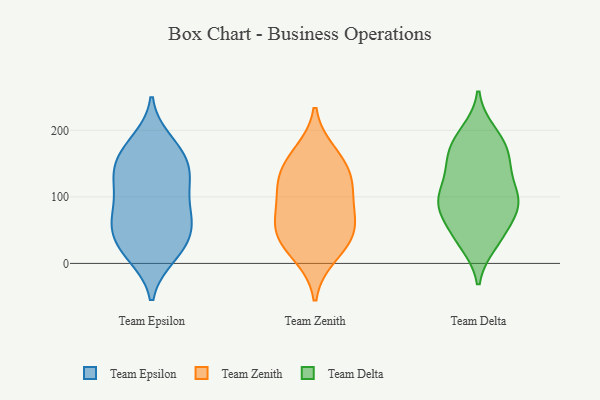
{"axis": {"x": "Production Output", "y": "Value"}, "legend": ["Team Delta", "Team Epsilon", "Team Zenith"], "data": [{"x": "", "y": 139, "type": "Team Epsilon"}, {"x": "", "y": 184, "type": "Team Epsilon"}, {"x": "", "y": 122, "type": "Team Epsilon"}, {"x": "", "y": 168, "type": "Team Epsilon"}, {"x": "", "y": 174, "type": "Team Epsilon"}, {"x": "", "y": 158, "type": "Team Epsilon"}, {"x": "", "y": 142, "type": "Team Epsilon"}, {"x": "", "y": 104, "type": "Team Epsilon"}, {"x": "", "y": 13, "type": "Team Epsilon"}, {"x": "", "y": 73, "type": "Team Epsilon"}, {"x": "", "y": 59, "type": "Team Epsilon"}, {"x": "", "y": 45, "type": "Team Epsilon"}, {"x": "", "y": 67, "type": "Team Epsilon"}, {"x": "", "y": 113, "type": "Team Epsilon"}, {"x": "", "y": 22, "type": "Team Epsilon"}, {"x": "", "y": 131, "type": "Team Epsilon"}, {"x": "", "y": 58, "type": "Team Epsilon"}, {"x": "", "y": 11, "type": "Team Epsilon"}, {"x": "", "y": 26, "type": "Team Epsilon"}, {"x": "", "y": 72, "type": "Team Epsilon"}, {"x": "", "y": 39, "type": "Team Zenith"}, {"x": "", "y": 111, "type": "Team Zenith"}, {"x": "", "y": 66, "type": "Team Zenith"}, {"x": "", "y": 165, "type": "Team Zenith"}, {"x": "", "y": 148, "type": "Team Zenith"}, {"x": "", "y": 40, "type": "Team Zenith"}, {"x": "", "y": 105, "type": "Team Zenith"}, {"x": "", "y": 62, "type": "Team Zenith"}, {"x": "", "y": 13, "type": "Team Zenith"}, {"x": "", "y": 131, "type": "Team Zenith"}, {"x": "", "y": 156, "type": "Team Delta"}, {"x": "", "y": 101, "type": "Team Delta"}, {"x": "", "y": 83, "type": "Team Delta"}, {"x": "", "y": 178, "type": "Team Delta"}, {"x": "", "y": 39, "type": "Team Delta"}, {"x": "", "y": 99, "type": "Team Delta"}, {"x": "", "y": 100, "type": "Team Delta"}, {"x": "", "y": 145, "type": "Team Delta"}, {"x": "", "y": 82, "type": "Team Delta"}, {"x": "", "y": 97, "type": "Team Delta"}, {"x": "", "y": 191, "type": "Team Delta"}, {"x": "", "y": 151, "type": "Team Delta"}, {"x": "", "y": 100, "type": "Team Delta"}, {"x": "", "y": 33, "type": "Team Delta"}, {"x": "", "y": 174, "type": "Team Delta"}, {"x": "", "y": 197, "type": "Team Delta"}, {"x": "", "y": 73, "type": "Team Delta"}, {"x": "", "y": 55, "type": "Team Delta"}, {"x": "", "y": 30, "type": "Team Delta"}, {"x": "", "y": 139, "type": "Team Delta"}]}